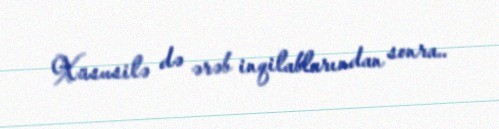
Xüsusilə də ərəb inqilablarından sonra..